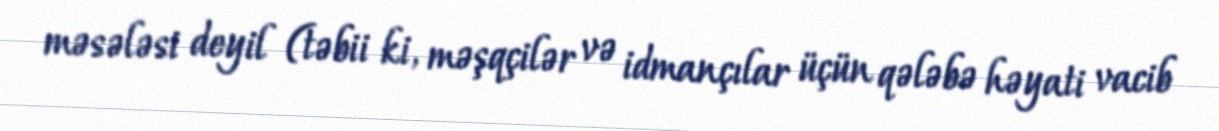
məsələsi deyil (təbii ki, məşqçilər və idmançılar üçün qələbə həyati vacib